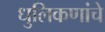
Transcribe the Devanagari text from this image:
धुलिकणांचे